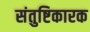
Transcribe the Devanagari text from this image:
संतुष्टिकारक